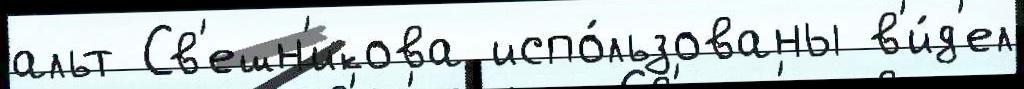
альт Св'ешн'икова испо́льзованы в'и́д'ел